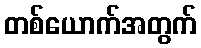
တစ်ယောက်အတွက်